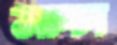
সাচ্চা